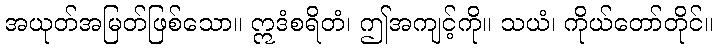
အယုတ်အမြတ်ဖြစ်သော။ ဣဒံစရိတံ၊ ဤအကျင့်ကို။ သယံ၊ ကိုယ်တော်တိုင်။